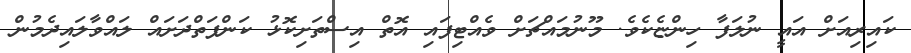
ކައިރިއަށް އައީ ނުލަފާ ހިންޏެކެވެ. މޫނުމައްޗަށް ވެއްޓިފައި އޮތް އިސްތަށިކޮޅު ކަންފަތްދަށައް ލައްވާލައިދެމުން